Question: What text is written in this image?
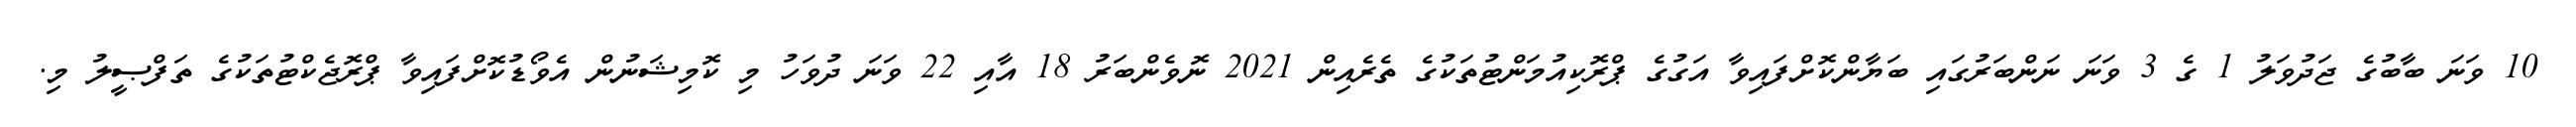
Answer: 10 ވަނަ ބާބުގެ ޖަދުވަލު 1 ގެ 3 ވަނަ ނަންބަރުގައި ބަޔާންކޮށްފައިވާ އަގުގެ ޕްރޮކިއުމަންޓުތަކުގެ ތެރެއިން 2021 ނޮވެންބަރު 18 އާއި 22 ވަނަ ދުވަހު މި ކޮމިޝަނުން އެވޯޑުކޮށްފައިވާ ޕްރޮޖެކްޓުތަކުގެ ތަފްޞީލު މި.